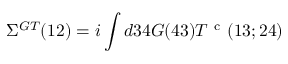
\Sigma ^ { G T } ( 1 2 ) = i \int d 3 4 G ( 4 3 ) T ^ { \mathrm { ~ c ~ } } ( 1 3 ; 2 4 )